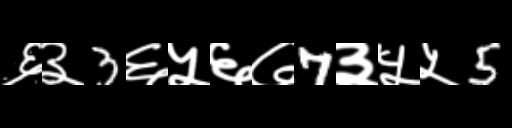
Text: ६३3६५६७7३५५5